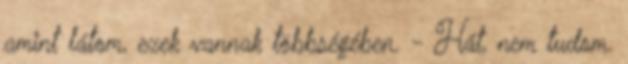
amint látom, ezek vannak többségében. - Hát, nem tudom.